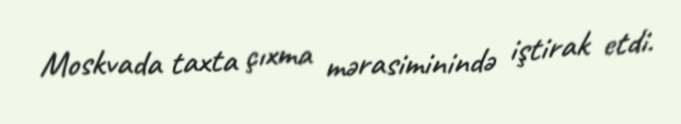
Moskvada taxta çıxma mərasiminində iştirak etdi.